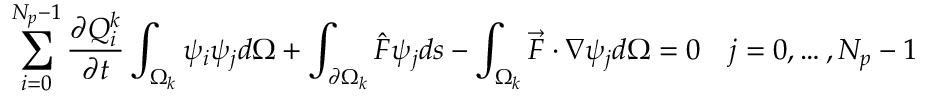
\sum _ { i = 0 } ^ { N _ { p } - 1 } \frac { \partial Q _ { i } ^ { k } } { \partial t } \int _ { \Omega _ { k } } \psi _ { i } \psi _ { j } d \Omega + \int _ { \partial \Omega _ { k } } \hat { F } \psi _ { j } d s - \int _ { \Omega _ { k } } \vec { F } \cdot \nabla \psi _ { j } d \Omega = 0 \quad j = 0 , \ldots , N _ { p } - 1